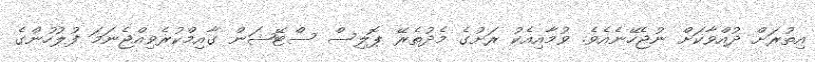
އިތުރަށް ދުއްވާކަށް ނުޖެހޭނެއެވެ. ވުމާއިއެކު ރަށުގެ މެދުތެރޭ ޕޮލިސް ސްޓޭޝަން ގާއިމްކުރެވިއްޖެނަމަ ފުލުހުންގެ